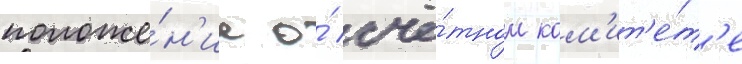
положе́н'ие о́ счё́тном ком'ит'е́т'е